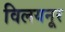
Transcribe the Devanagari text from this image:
विलयनूर